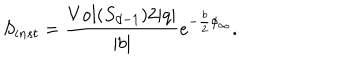
S _ { i n s t } = { \frac { V o l ( S _ { d - 1 } ) 2 | q | } { | b | } } e ^ { - { \frac { b } { 2 } } \phi _ { \infty } } .